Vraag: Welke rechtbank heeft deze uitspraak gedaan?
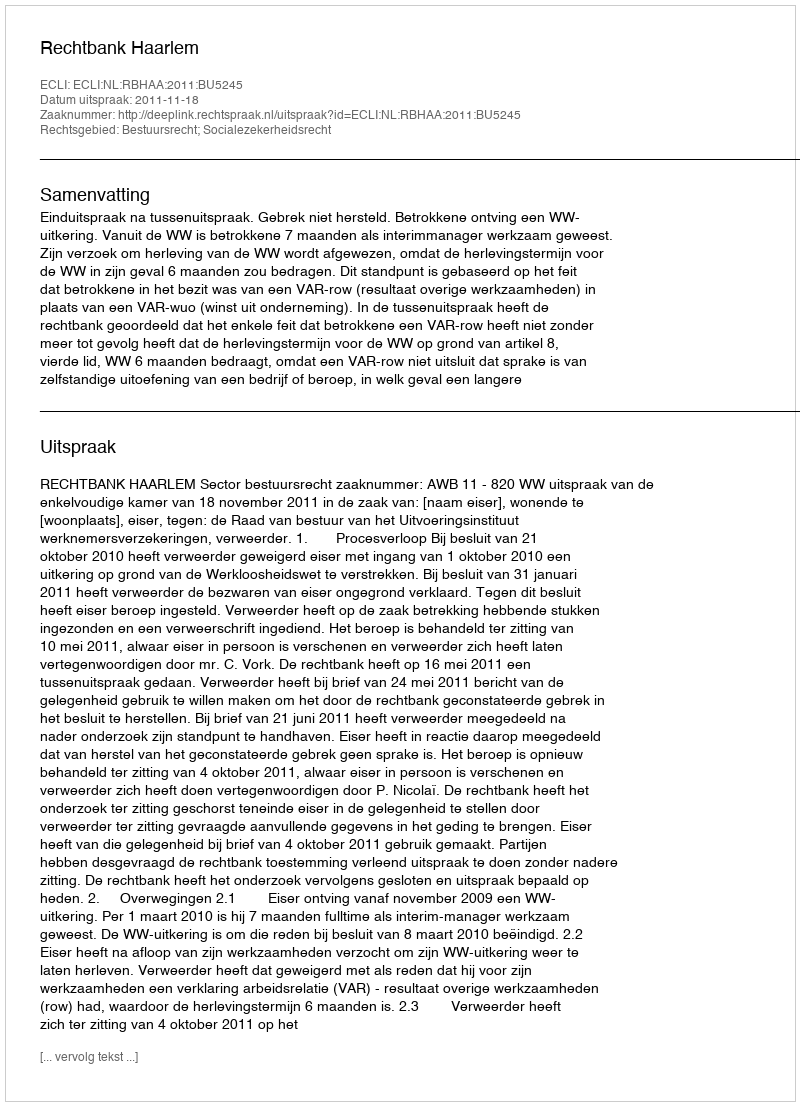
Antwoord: Rechtbank Haarlem